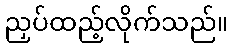
ညှပ်ထည့်လိုက်သည်။